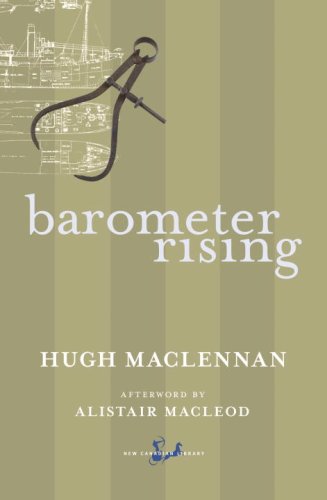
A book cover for Barometer Rising; Hugh Maclennan; Literature & Fiction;